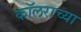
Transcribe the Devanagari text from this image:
कॉलराच्या